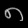
Digit: ၈